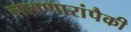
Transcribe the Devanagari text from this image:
लावणारांपैकी